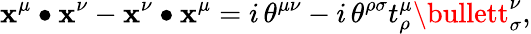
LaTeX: \mathbf{x}^{\mu}\bullet\mathbf{x}^{\nu}-\mathbf{x}^{\nu}\bullet\mathbf{x}^{\mu}=i\, \theta^{\mu\nu}-i\, \theta^{\rho\sigma}t_{\rho}^{\mu}\bullett_{\sigma}^{\nu},